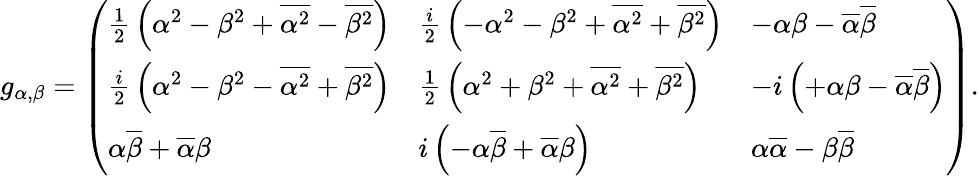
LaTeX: g_{\alpha,\beta}={\left(\begin{array}{lll}{{\frac{1}{2}}\left(\alpha^{2}-\beta^{2}+{\overline{{\alpha^{2}}}}-{\overline{{\beta^{2}}}}\right)}&{{\frac{i}{2}}\left(-\alpha^{2}-\beta^{2}+{\overline{{\alpha^{2}}}}+{\overline{{\beta^{2}}}}\right)}&{-\alpha\beta-{\overline{{\alpha}}}{\overline{{\beta}}}}\\ {{\frac{i}{2}}\left(\alpha^{2}-\beta^{2}-{\overline{{\alpha^{2}}}}+{\overline{{\beta^{2}}}}\right)}&{{\frac{1}{2}}\left(\alpha^{2}+\beta^{2}+{\overline{{\alpha^{2}}}}+{\overline{{\beta^{2}}}}\right)}&{-i\left(+\alpha\beta-{\overline{{\alpha}}}{\overline{{\beta}}}\right)}\\ {\alpha{\overline{{\beta}}}+{\overline{{\alpha}}}\beta}&{i\left(-\alpha{\overline{{\beta}}}+{\overline{{\alpha}}}\beta\right)}&{\alpha{\overline{{\alpha}}}-\beta{\overline{{\beta}}}}\end{array}\right)}.